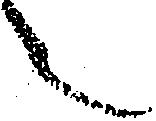
之